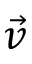
\vec { v }